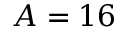
A = 1 6